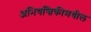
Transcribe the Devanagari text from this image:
अभियन्त्रिकीमधील